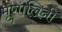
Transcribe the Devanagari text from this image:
मृृणालिनी